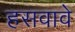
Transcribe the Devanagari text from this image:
हसवावे